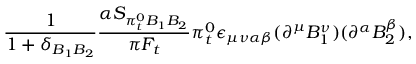
\frac { 1 } { 1 + \delta _ { B _ { 1 } B _ { 2 } } } \frac { \alpha S _ { \pi _ { t } ^ { 0 } B _ { 1 } B _ { 2 } } } { \pi F _ { t } } \pi _ { t } ^ { 0 } \epsilon _ { \mu \nu \alpha \beta } ( \partial ^ { \mu } B _ { 1 } ^ { \nu } ) ( \partial ^ { \alpha } B _ { 2 } ^ { \beta } ) ,